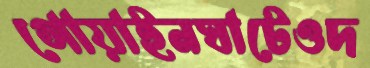
গোয়াইনঘাটেওদ